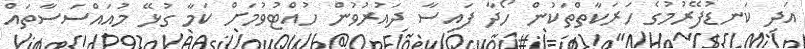
އަދި ކަނޑުފޭރުމުގެ ހަރަކާތްތަކުން ހޯދާ ފައިސާ ދައުރުވުން ހުއްޓުވުމަށް ކަމާ ގުޅޭ މުއައްސަސާތައް